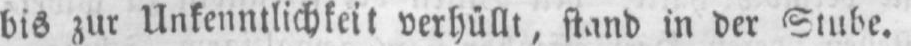
bis zur Unkenntlichkeit verhüllt, stand in der Stube.